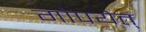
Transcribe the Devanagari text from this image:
गोपयेत्